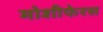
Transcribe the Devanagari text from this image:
मोशीफेरस